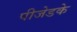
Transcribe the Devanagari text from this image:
पीजेडके